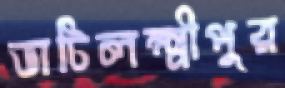
ভাটিলক্ষ্মীপুর